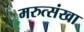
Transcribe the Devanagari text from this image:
मरुत्संखा